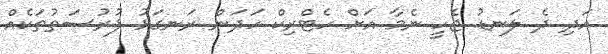
އަދި ދެ ލަނޑު ޖެހީ ނެމާ އަށް ހެޓްރިކް ހަދަން ރަނގަޅު ފުރުސަތުތަކެއް